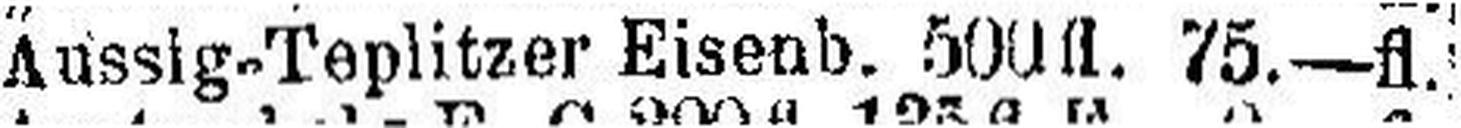
Aussig-Teplitzer Eisenb. 500 fl. 75.—fl.